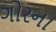
ગોરના